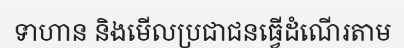
ទាហាន និងមើលប្រជាជនធ្វើដំណើរតាម